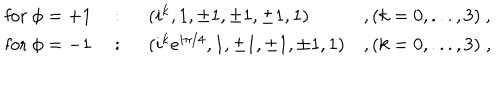
\begin{array} { l l l l } { { \mathrm { f o r ~ } \phi = + 1 } } & { { ~ : ~ } } & { { ( i ^ { k } , 1 , \pm 1 , \pm 1 , \pm 1 , 1 ) } } & { { , ( k = 0 , . . . , 3 ) ~ , } } \\ { { \mathrm { f o r ~ } \phi = - 1 } } & { { ~ : ~ } } & { { ( i ^ { k } e ^ { i \pi / 4 } , 1 , \pm 1 , \pm 1 , \pm 1 , 1 ) } } & { { , ( k = 0 , . . . , 3 ) \; , } } \\ \end{array}